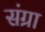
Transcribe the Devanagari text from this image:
संग्रा